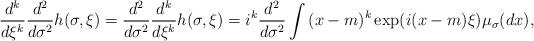
LaTeX: \begin{align*}\frac{d^k}{d\xi^k}\frac{d^2}{d\sigma^2}h(\sigma, \xi) = \frac{d^2}{d\sigma^2}\frac{d^k}{d\xi^k}h(\sigma, \xi) = i^k\frac{d^2}{d\sigma^2}\int{(x-m)^k\exp(i(x-m)\xi)\mu_{\sigma}(dx)},\end{align*}